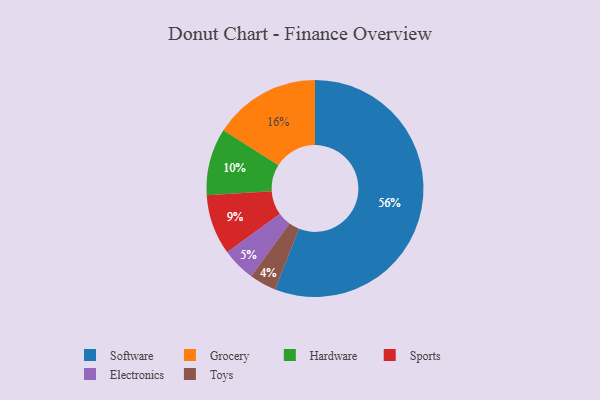
{"axis": {"x": "Category", "y": "Percentage"}, "legend": ["Electronics", "Grocery", "Hardware", "Software", "Sports", "Toys"], "data": [{"x": "Sports", "y": 9, "type": "Sports"}, {"x": "Electronics", "y": 5, "type": "Electronics"}, {"x": "Grocery", "y": 16, "type": "Grocery"}, {"x": "Hardware", "y": 10, "type": "Hardware"}, {"x": "Software", "y": 56, "type": "Software"}, {"x": "Toys", "y": 4, "type": "Toys"}]}